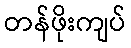
တန်ဖိုးကျပ်